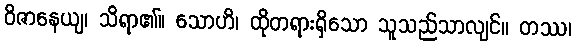
ဝိဇာနေယျ၊ သိရာ၏။ သောဟိ၊ ထိုတရားရှိသော သူသည်သာလျင်။ တဿ၊